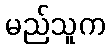
မည်သူက